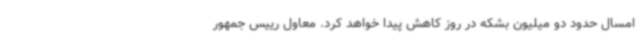
امسال حدود دو میلیون بشکه در روز کاهش پیدا خواهد کرد. معاول رییس جمهور